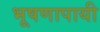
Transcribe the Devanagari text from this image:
भूषणापायी